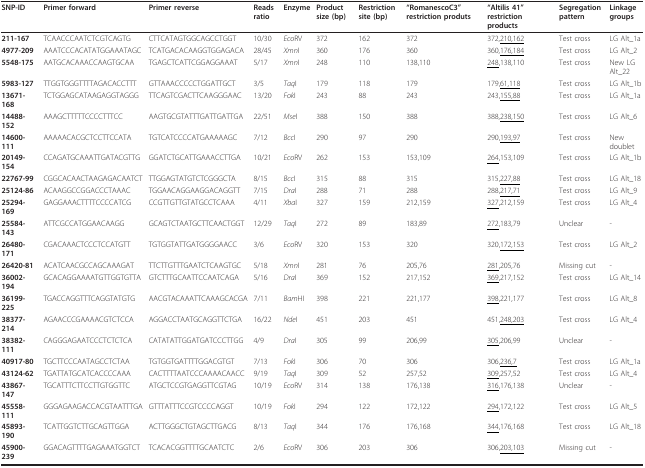
<table><thead><tr><td><b>SNP-ID</b></td><td><b>Primer forward</b></td><td><b>Primer reverse</b></td><td><b>Reads ratio</b></td><td><b>Enzyme</b></td><td><b>Product size (bp)</b></td><td><b>Restriction site (bp)</b></td><td><b>&quot;RomanescoC3&quot; restriction produts</b></td><td><b>&quot;Altilis 41&quot; restriction products</b></td><td><b>Segregation pattern</b></td><td><b>Linkage groups</b></td></tr></thead><tbody><tr><td><b>211-167</b></td><td>TCAACCCAATCTCGTCAGTG</td><td>CTTCATAGTGGCAGCCTGGT</td><td>10/30</td><td><i>Eco</i>RV</td><td>372</td><td>162</td><td>372</td><td>372,<underline>210,162</underline></td><td>Test cross</td><td>LG Alt_1a</td></tr><tr><td><b>4977-209</b></td><td>AAATCCCACATATGGAAATAGC</td><td>TCATGACACAAGGTGGAGACA</td><td>28/45</td><td><i>Xmn</i>I</td><td>360</td><td>176</td><td>360</td><td>360,<underline>176,184</underline></td><td>Test cross</td><td>LG Alt_2</td></tr><tr><td><b>5548-175</b></td><td>AATGCACAAACCAAGTGCAA</td><td>TGAGCTCATTCGGAGGAAAT</td><td>5/17</td><td><i>Xmn</i>I</td><td>248</td><td>110</td><td>138,110</td><td><underline>248</underline>,138,110</td><td>Test cross</td><td>New LG Alt_22</td></tr><tr><td><b>5983-127</b></td><td>TTGGTGGGTTTTAGACACCTTT</td><td>GTTAAACCCCCTGGATTGCT</td><td>3/5</td><td><i>Taq</i>I</td><td>179</td><td>118</td><td>179</td><td>179,<underline>61,118</underline></td><td>Test cross</td><td>LG Alt_1b</td></tr><tr><td><b>13671-168</b></td><td>TCTGGAGCATAAGAGGTAGGG</td><td>TTCAGTCGACTTCAAGGGAAC</td><td>13/20</td><td><i>Fok</i>I</td><td>243</td><td>88</td><td>243</td><td>243,<underline>155,88</underline></td><td>Test cross</td><td>LG Alt_1a</td></tr><tr><td><b>14488-152</b></td><td>AAAGCTTTTTCCCCTTTCC</td><td>AAGTGCGTATTTGATTGATTGA</td><td>22/51</td><td><i>Mse</i>I</td><td>388</td><td>150</td><td>388</td><td>388,<underline>238,150</underline></td><td>Test cross</td><td>LG Alt_6</td></tr><tr><td><b>14600-111</b></td><td>AAAAACACGCTCCTTCCATA</td><td>TGTCATCCCCATGAAAAAGC</td><td>7/12</td><td><i>Bcc</i>I</td><td>290</td><td>97</td><td>290</td><td>290,<underline>193,97</underline></td><td>Test cross</td><td>New doublet</td></tr><tr><td><b>20149-154</b></td><td>CCAGATGCAAATTGATACGTTG</td><td>GGATCTGCATTGAAACCTTGA</td><td>10/21</td><td><i>Eco</i>RV</td><td>262</td><td>153</td><td>153,109</td><td><underline>264</underline>,153,109</td><td>Test cross</td><td>LG Alt_1b</td></tr><tr><td><b>22767-99</b></td><td>CGGCACAACTAAGAGACAATCT</td><td>TTGGAGTATGTCTCGGGCTA</td><td>8/15</td><td><i>Bcc</i>I</td><td>315</td><td>88</td><td>315</td><td>315,<underline>227,88</underline></td><td>Test cross</td><td>LG Alt_18</td></tr><tr><td><b>25124-86</b></td><td>ACAAGGCCGGACCCTAAAC</td><td>TGGAACAGGAAGGACAGGTT</td><td>7/15</td><td><i>Dra</i>I</td><td>288</td><td>71</td><td>288</td><td>288,<underline>217,71</underline></td><td>Test cross</td><td>LG Alt_9</td></tr><tr><td><b>25294-169</b></td><td>GAGGAAACTTTTCCCCATCG</td><td>CCGTTGTTGTATGCCTCAAA</td><td>4/11</td><td><i>Xba</i>I</td><td>327</td><td>159</td><td>212,159</td><td><underline>327</underline>,212,159</td><td>Test cross</td><td>LG Alt_4</td></tr><tr><td><b>25584-143</b></td><td>ATTCGCCATGGAACAAGG</td><td>GCAGTCTAATGCTTCAACTGGT</td><td>12/29</td><td><i>Taq</i>I</td><td>272</td><td>89</td><td>183,89</td><td><underline>272</underline>,183,79</td><td>Unclear</td><td>-</td></tr><tr><td><b>26480-171</b></td><td>CGACAAACTCCCTCCATGTT</td><td>TGTGGTATTGATGGGGAACC</td><td>3/6</td><td><i>Eco</i>RV</td><td>320</td><td>153</td><td>320</td><td>320,<underline>172,153</underline></td><td>Test cross</td><td>LG Alt_2</td></tr><tr><td><b>26420-81</b></td><td>ACATCAACGCCAGCAAAGAT</td><td>TTCTTGTTTGAATCTCAAGTGC</td><td>5/18</td><td><i>Xmn</i>I</td><td>281</td><td>76</td><td>205,76</td><td><underline>281</underline>,205,76</td><td>Missing cut</td><td>-</td></tr><tr><td><b>36002-194</b></td><td>GCACAGGAAAATGTTGGTGTTA</td><td>GTCTTTGCAATTCCAATCAGA</td><td>5/16</td><td><i>Dra</i>I</td><td>369</td><td>152</td><td>217,152</td><td><underline>369</underline>,217,152</td><td>Test cross</td><td>LG Alt_14</td></tr><tr><td><b>36199-225</b></td><td>TGACCAGGTTTCAGGTATGTG</td><td>AACGTACAAATTCAAAGCACGA</td><td>7/11</td><td><i>Bam</i>HI</td><td>398</td><td>221</td><td>221,177</td><td><underline>398</underline>,221,177</td><td>Test cross</td><td>LG Alt_8</td></tr><tr><td><b>38377-214</b></td><td>AGAACCCGAAAACGTCTCCA</td><td>AGGACCTAATGCAGGTTCTGA</td><td>16/22</td><td><i>Nde</i>I</td><td>451</td><td>203</td><td>451</td><td>451,<underline>248,203</underline></td><td>Test cross</td><td>LG Alt_4</td></tr><tr><td><b>38382-111</b></td><td>CAGGGAGAATCCCTCTCTCA</td><td>CATATATTGGATGATCCCTTGG</td><td>4/9</td><td><i>Dra</i>I</td><td>305</td><td>99</td><td>206,99</td><td><underline>305</underline>,206,99</td><td>Unclear</td><td>-</td></tr><tr><td><b>40917-80</b></td><td>TGCTTCCCAATAGCCTCTAA</td><td>TGTGGTGATTTTGGACGTGT</td><td>7/13</td><td><i>Fok</i>I</td><td>306</td><td>70</td><td>306</td><td>306,<underline>236,7</underline></td><td>Test cross</td><td>LG Alt_1a</td></tr><tr><td><b>43124-62</b></td><td>TGATTATGCATCACCCCAAA</td><td>CACTTTTAATCCCAAAACAACC</td><td>9/19</td><td><i>Taq</i>I</td><td>309</td><td>52</td><td>257,52</td><td><underline>309</underline>,257,52</td><td>Test cross</td><td>LG Alt_4</td></tr><tr><td><b>43867-147</b></td><td>TGCATTTCTTCCTTGTGGTTC</td><td>ATGCTCCGTGAGGTTCGTAG</td><td>10/19</td><td><i>Eco</i>RV</td><td>314</td><td>138</td><td>176,138</td><td><underline>316</underline>,176,138</td><td>Unclear</td><td>-</td></tr><tr><td><b>45558-111</b></td><td>GGGAGAAGACCACGTAATTTGA</td><td>GTTTATTTCCGTCCCCAGGT</td><td>10/19</td><td><i>Fok</i>I</td><td>294</td><td>122</td><td>172,122</td><td><underline>294</underline>,172,122</td><td>Test cross</td><td>LG Alt_5</td></tr><tr><td><b>45893-190</b></td><td>TCATTGGTCTTGCAGTTGGA</td><td>ACTTGGGCTGTAGCTTGACG</td><td>8/13</td><td><i>Taq</i>I</td><td>344</td><td>176</td><td>176,168</td><td><underline>344</underline>,176,168</td><td>Test cross</td><td>LG Alt_18</td></tr><tr><td><b>45900-239</b></td><td>GGACAGTTTTGAGAAATGGTCT</td><td>TCACACGGTTTTGCAATCTC</td><td>2/6</td><td><i>Eco</i>RV</td><td>306</td><td>203</td><td>306</td><td>306,<underline>203,103</underline></td><td>Missing cut</td><td>-</td></tr></tbody></table>